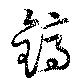
鎬